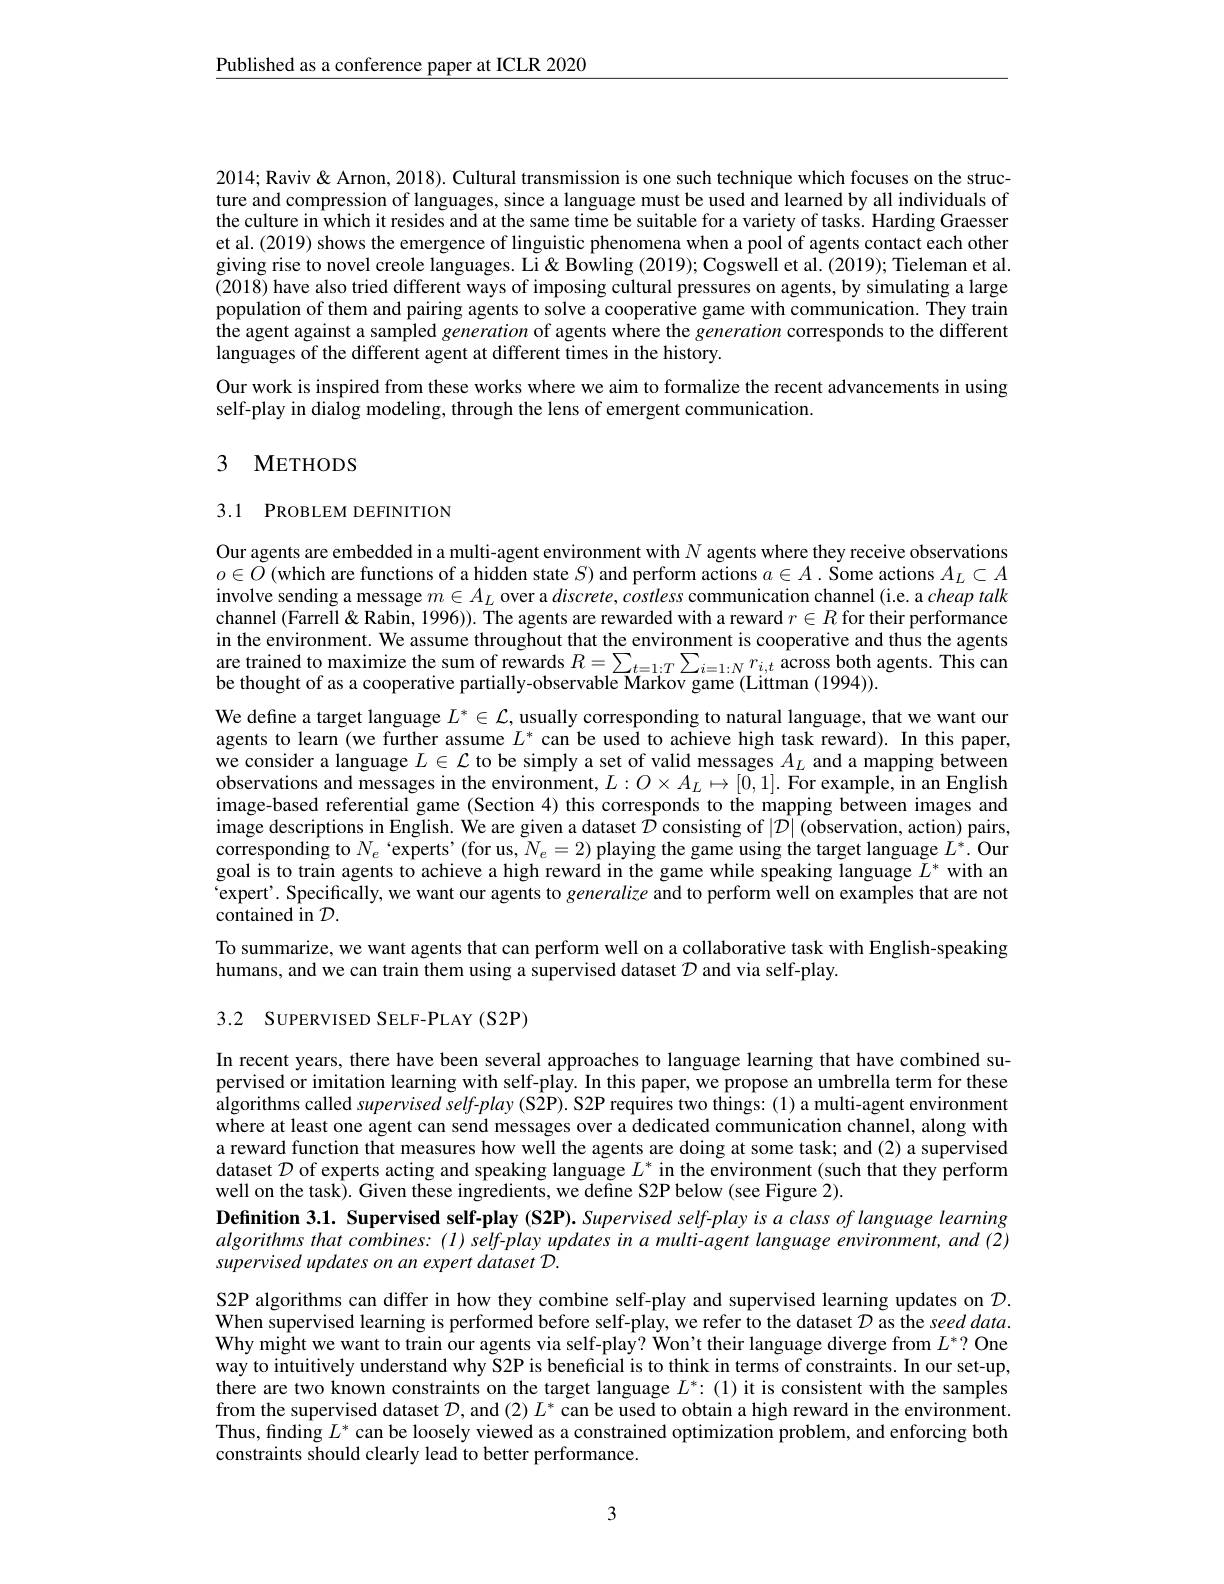
$\underline{\text{Published as a conference paper at ICLR 2020}}$

2014; Raviv & Arnon, 2018). Cultural transmission is one such technique which focuses on the structure and compression of languages, since a language must be used and learned by all individuals of the culture in which it resides and at the same time be suitable for a variety of tasks. Harding Graesser et al.(2019) shows the emergence of linguistic phenomena when a pool of agents contact each other giving rise to novel creole languages. Li & Bowling (2019); Cogswell et al. (2019); Tieleman et al. (2018) have also tried different ways of imposing cultural pressures on agents, by simulating a large population of them and pairing agents to solve a cooperative game with communication. They train the agent against a sampled generation of agents where the generation corresponds to the different languages of the different agent at different times in the history.

Our work is inspired from these works where we aim to formalize the recent advancements in using
self-play in dialog modeling, through the lens of emergent communication.

## 3 METHODS

# 3.1 PROBLEM DEFINITION

Our agents are embedded in a multi-agent environment with $N$ agents where they receive observations $o\in\dot{O}\left(\text{which are functions of a hidden state }S\right)$and perform actions $a\in A.$ Some actions $A_L\subset A$ involve sending a message $m\in A_L$ over a $discrete,costless$ communication channel (i.e. a cheap talk channel (Farrell& Rabin, 1996)). The agents are rewarded with a reward $r\in R$ for their performance in the environment. We assume throughout that the environment is cooperative and thus the agents are trained to maximize the sum of rewards $R=\sum_{t=1:T}\sum_{i=1:N}r_{i,t}$ across both agents. This can be thought of as a cooperative partially-observable Markov game (Littman (1994)).
We define a target language $L^*\in\mathcal{L}$, usually corresponding to natural language, that we want our agents to learn (we further assume $L^*$ can be used to achieve high task reward). In this paper, we consider a language $L\in\mathcal{L}$ to be simply a set of valid messages $A_L$ and a mapping between observations and messages in the environment, $L:O\times A_L\mapsto[0,1].$ For example, in an English image-based referential game (Section 4) this corresponds to the mapping between images and image descriptions in English. We are given a dataset $\mathcal{D}$ consisting of $|\mathcal{D}|$ (observation, action) pairs, corresponding to $N_e$ 'experts'(for us, $N_e=2)$ playing the game using the target language $L^*.$ Our goal is to train agents to achieve a high reward in the game while speaking language $L^*$ with an 'expert'. Specifically, we want our agents to generalize and to perform well on examples that are not $\bar{\text{contained in }} \mathcal{D} .$

To summarize, we want agents that can perform well on a collaborative task with English-speaking
humans, and we can train them using a supervised dataset $\mathcal{D}$ and via self-play.

3.2 SUPERVISED SELF-PLAY (S2P)

In recent years, there have been several approaches to language learning that have combined supervised or imitation learning with self-play. In this paper, we propose an umbrella term for these algorithms called supervised self-play (S2P). S2P requires two things: (1) a multi-agent environment where at least one agent can send messages over a dedicated communication channel, along with a reward function that measures how weil the agents are doing at some task; and (2) a supervised dataset $\mathcal{D}$ of experts acting and speaking language $L^*$ in the environment (such that they perform well on the task). Given these ingredients, we define S2P below (see Figure 2).
Definition 3.1. Supervised self-play (S2P). Supervised self-play is a class of language learning algorithms that combines: (1) self-play updates in a multi-agent language environment, and (2) supervised updates on an expert dataset D.

S2P algorithms can differ in how they combine self-play and supervised learning updates on $\mathcal{D}.$ When supervised learning is performed before self-play, we refer to the dataset $D$ as the seed data. Why might we want to train our agents via self-play? Won't their language diverge from $L^*?$ One way to intuitively understand why S2P is beneficial is to think in terms of constraints. In our set-up, there are two known constraints on the target language $L^*:(1)$ it is consistent with the samples from the supervised dataset $\mathcal{D}$, and $(2)L^*$ can be used to obtain a high reward in the environment. Thus, finding $L^*$ can be loosely viewed as a constrained optimization problem, and enforcing both constraints should clearly lead to better performance.

3